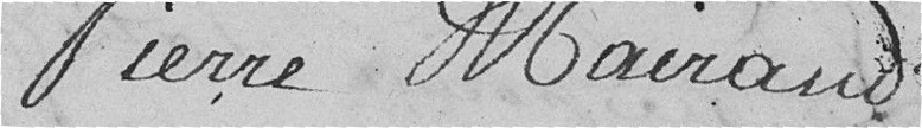
Pierre Mairand